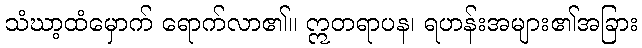
သံဃာ့ထံမှောက် ရောက်လာ၏။ ဣတရာပန၊ ရဟန်းအများ၏အခြား